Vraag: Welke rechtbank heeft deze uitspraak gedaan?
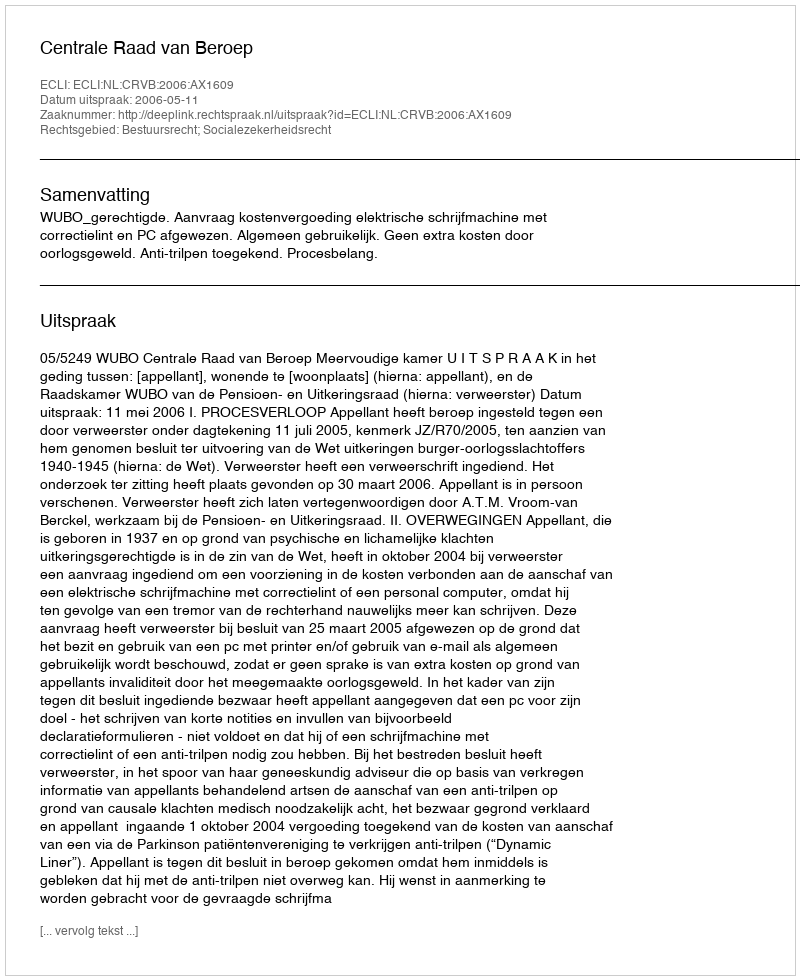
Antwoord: Centrale Raad van Beroep